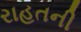
રાહતની